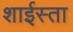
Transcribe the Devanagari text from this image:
शाईस्ता